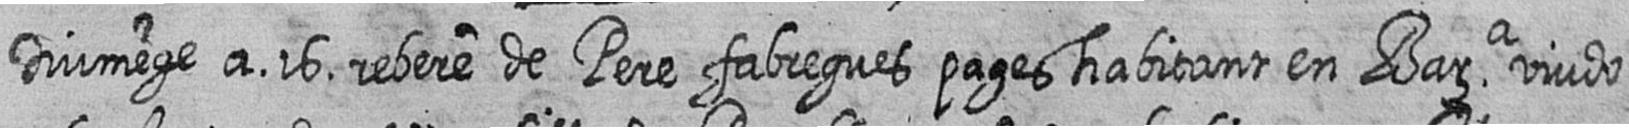
Diumege a 16 rebere de Pere fabregues pages habitant en Bara viudo